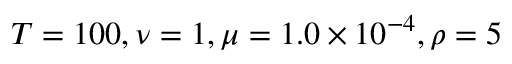
T = 1 0 0 , \nu = 1 , \mu = 1 . 0 \times 1 0 ^ { - 4 } , \rho = 5